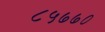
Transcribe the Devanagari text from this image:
८५७७०